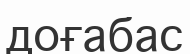
доғабас